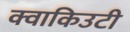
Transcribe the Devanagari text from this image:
क्वाकिउटी